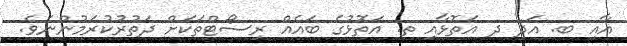
އާއި ބ. އަދި ދ އަތޮޅާއި ތ. އަތޮޅުގެ ބައެއް ރިސޯޓްތަކަށް ދަތުރުކުރަމުންނެވެ.